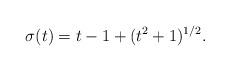
LaTeX: \begin{align*}\sigma(t)=t-1+(t^2+1)^{1/2}.\end{align*}